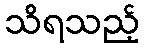
သိရသည့်